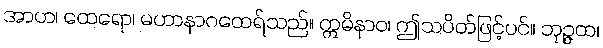
အာဟ၊ ထေရော၊ မဟာနာဂထေရ်သည်။ ဣမိနာဝ၊ ဤသပိတ်ဖြင့်ပင်။ ဘုဉ္ဇထ၊